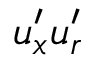
u _ { x } ^ { \prime } u _ { r } ^ { \prime }